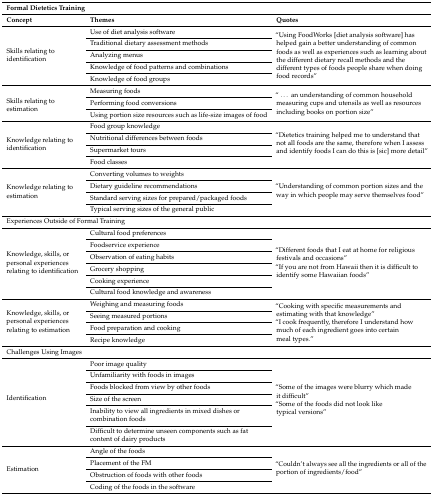
| <COLSPAN=3> Formal Dietetics Training |
 | Concept | Themes | Quotes |
 | --- | --- | --- |
 | <ROWSPAN=5> Skills relating to identification | Use of diet analysis software | <ROWSPAN=5> “Using FoodWorks [diet analysis software] has helped gain a better understanding of common foods as well as experiences such as learning about the different dietary recall methods and the different types of foods people share when doing food records” |
 | Traditional dietary assessment methods |
 | Analyzing menus |
 | Knowledge of food patterns and combinations |
 | Knowledge of food groups |
 | <ROWSPAN=3> Skills relating to estimation | Measuring foods | <ROWSPAN=3> “...an understanding of common household measuring cups and utensils as well as resources including books on portion size” |
 | Performing food conversions |
 | Using portion size resources such as life-size images of food |
 | <ROWSPAN=4> Knowledge relating to identification | Food group knowledge | <ROWSPAN=4> “Dietetics training helped me to understand that not all foods are the same, therefore when I assess and identify foods I can do this is [sic] more detail” |
 | Nutritional differences between foods |
 | Supermarket tours |
 | Food classes |
 | <ROWSPAN=4> Knowledge relating to estimation | Converting volumes to weights | <ROWSPAN=4> “Understanding of common portion sizes and the way in which people may serve themselves food” |
 | Dietary guideline recommendations |
 | Standard serving sizes for prepared/packaged foods |
 | Typical serving sizes of the general public |
 | <COLSPAN=3> Experiences Outside of Formal Training |
 | <ROWSPAN=6> Knowledge, skills, or personal experiences relating to identification | Cultural food preferences | <ROWSPAN=6> “Different foods that I eat at home for religious festivals and occasions” “If you are not from Hawaii then it is difficult to identify some Hawaiian foods” |
 | Foodservice experience |
 | Observation of eating habits |
 | Grocery shopping |
 | Cooking experience |
 | Cultural food knowledge and awareness |
 | <ROWSPAN=4> Knowledge, skills, or personal experiences relating to estimation | Weighing and measuring foods | <ROWSPAN=4> “Cooking with specific measurements and estimating with that knowledge” “I cook frequently, therefore I understand how much of each ingredient goes into certain meal types.” |
 | Seeing measured portions |
 | Food preparation and cooking |
 | Recipe knowledge |
 | <COLSPAN=3> Challenges Using Images |
 | <ROWSPAN=6> Identification | Poor image quality | <ROWSPAN=6> “Some of the images were blurry which made it difficult” “Some of the foods did not look like typical versions” |
 | Unfamiliarity with foods in images |
 | Foods blocked from view by other foods |
 | Size of the screen |
 | Inability to view all ingredients in mixed dishes or combination foods |
 | Difficult to determine unseen components such as fat content of dairy products |
 | <ROWSPAN=4> Estimation | Angle of the foods | <ROWSPAN=4> “Couldn’t always see all the ingredients or all of the portion of ingredients/food” |
 | Placement of the FM |
 | Obstruction of foods with other foods |
 | Coding of the foods in the software |